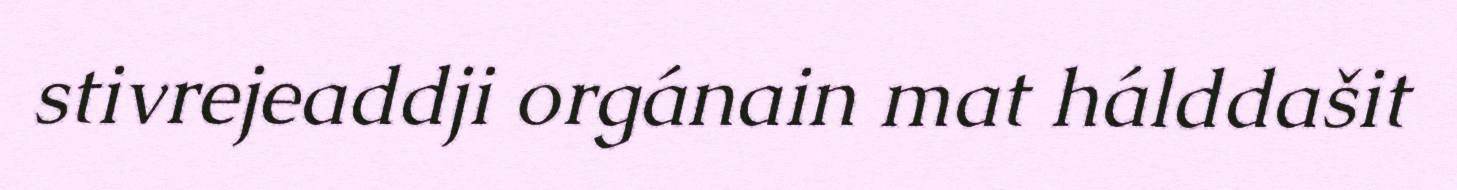
stivrejeaddji orgánain mat hálddašit